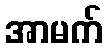
အာမက်